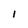
Character: I